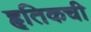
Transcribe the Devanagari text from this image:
हृतिकची